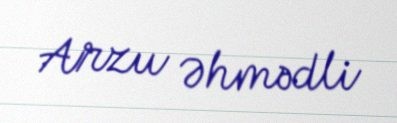
Arzu Əhmədli